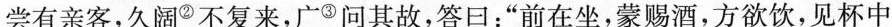
尝有亲客，久阔②不复来，广③问其故，答日：”前在坐，蒙赐酒，方欲饮，见杯中